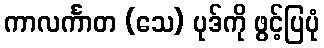
ကာလင်္ကာတ (သေ) ပုဒ်ကို ဖွင့်ပြပုံ